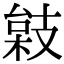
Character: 𢻙